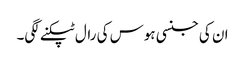
ان کی جنسی ہوس کی رال ٹپکنے لگی۔